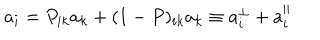
a _ { i } = P _ { i k } a _ { k } + ( 1 - P ) _ { i k } a _ { k } \equiv a _ { i } ^ { \perp } + a _ { i } ^ { \parallel }